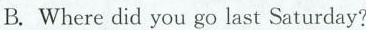
B. Where did you go last Saturday?